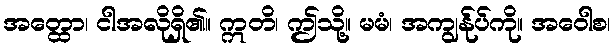
အတ္ထော၊ ငါအလိုရှိ၏။ ဣတိ၊ ဤသို့။ မမံ၊ အကျွန်ုပ်ကို။ အဝေါစ၊